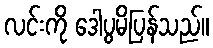
လင်းကို ဒေါပွမိပြန်သည်။